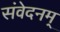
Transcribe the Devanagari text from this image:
संवेदनम्‌